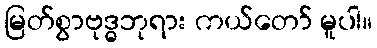
မြတ်စွာဗုဒ္ဓဘုရား ကယ်တော် မူပါ။